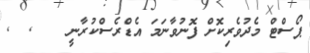
ޕޯސްޓް މެދުވެރިކޮށް ފޮނުވާނަމަ އެޑްރެސްކުރާނީ